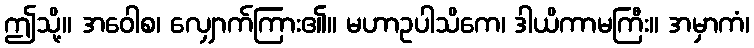
ဤသို့။ အဝေါစ၊ လျှောက်ကြား၏။ မဟာဥပါသိကေ၊ ဒါယိကာမကြီး။ အမှာကံ၊